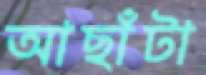
আছাঁটা